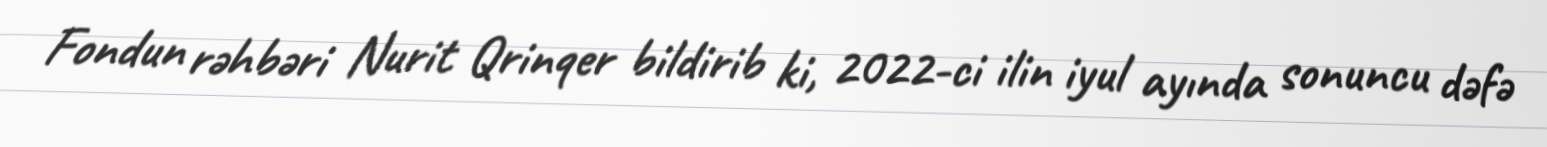
Fondun rəhbəri Nurit Qrinqer bildirib ki, 2022-ci ilin iyul ayında sonuncu dəfə